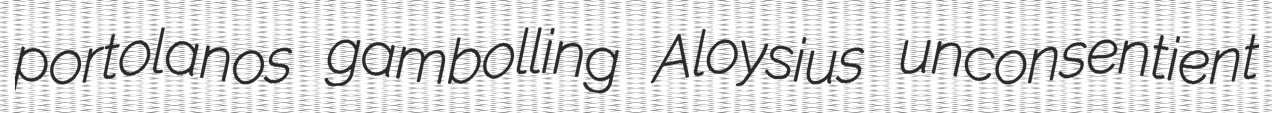
portolanos gambolling Aloysius unconsentient